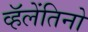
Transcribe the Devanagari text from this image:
व्हॅलेंतिनो